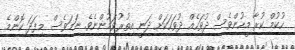
ހުކުމް ކުރާ މީހުންވެސް ދުވަހެއް ދުވަހަކަށް ދަނީ އިތުރުވަމުންނެވެ. ނަމަވެސް މިފަދަ ކޮންމެ